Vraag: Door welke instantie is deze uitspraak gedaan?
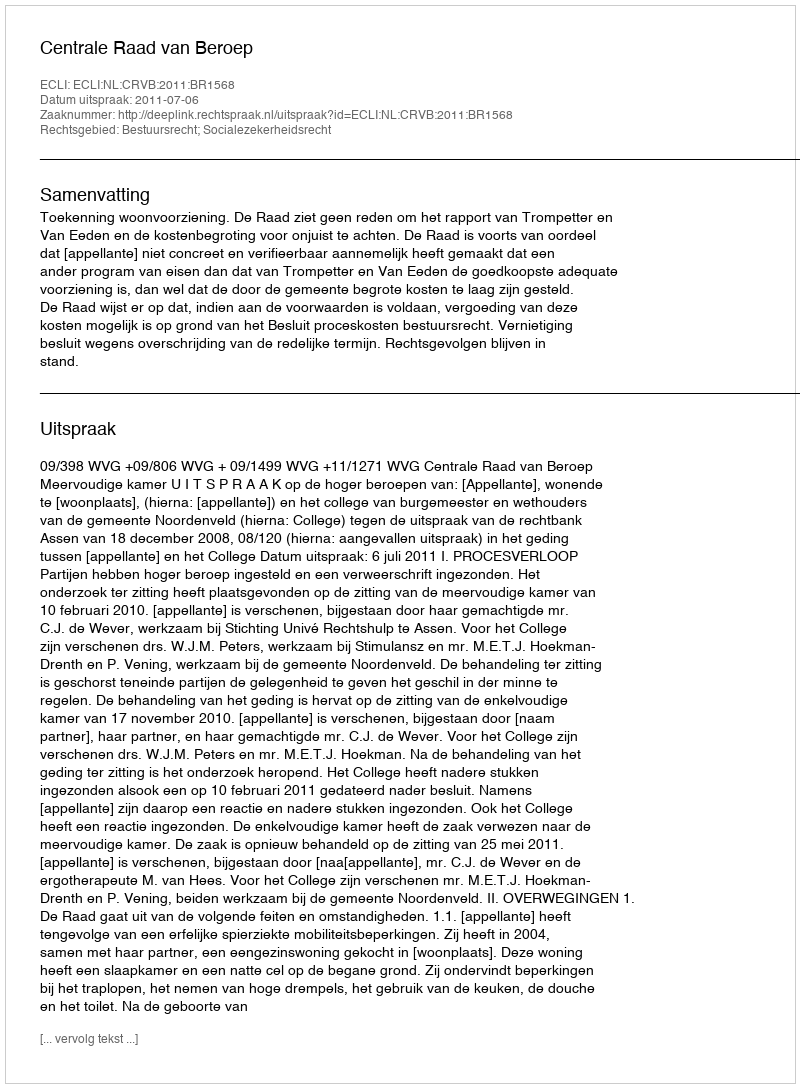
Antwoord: Centrale Raad van Beroep